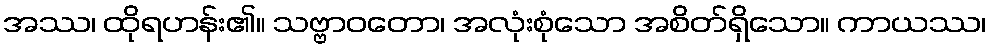
အဿ၊ ထိုရဟန်း၏။ သဗ္ဗာဝတော၊ အလုံးစုံသော အစိတ်ရှိသော။ ကာယဿ၊